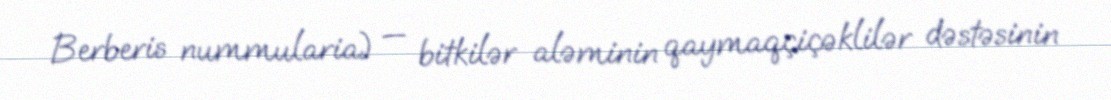
Berberis nummularia) — bitkilər aləminin qaymaqçiçəklilər dəstəsinin